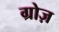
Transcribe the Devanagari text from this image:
ग्रोज़